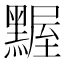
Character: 𪑱